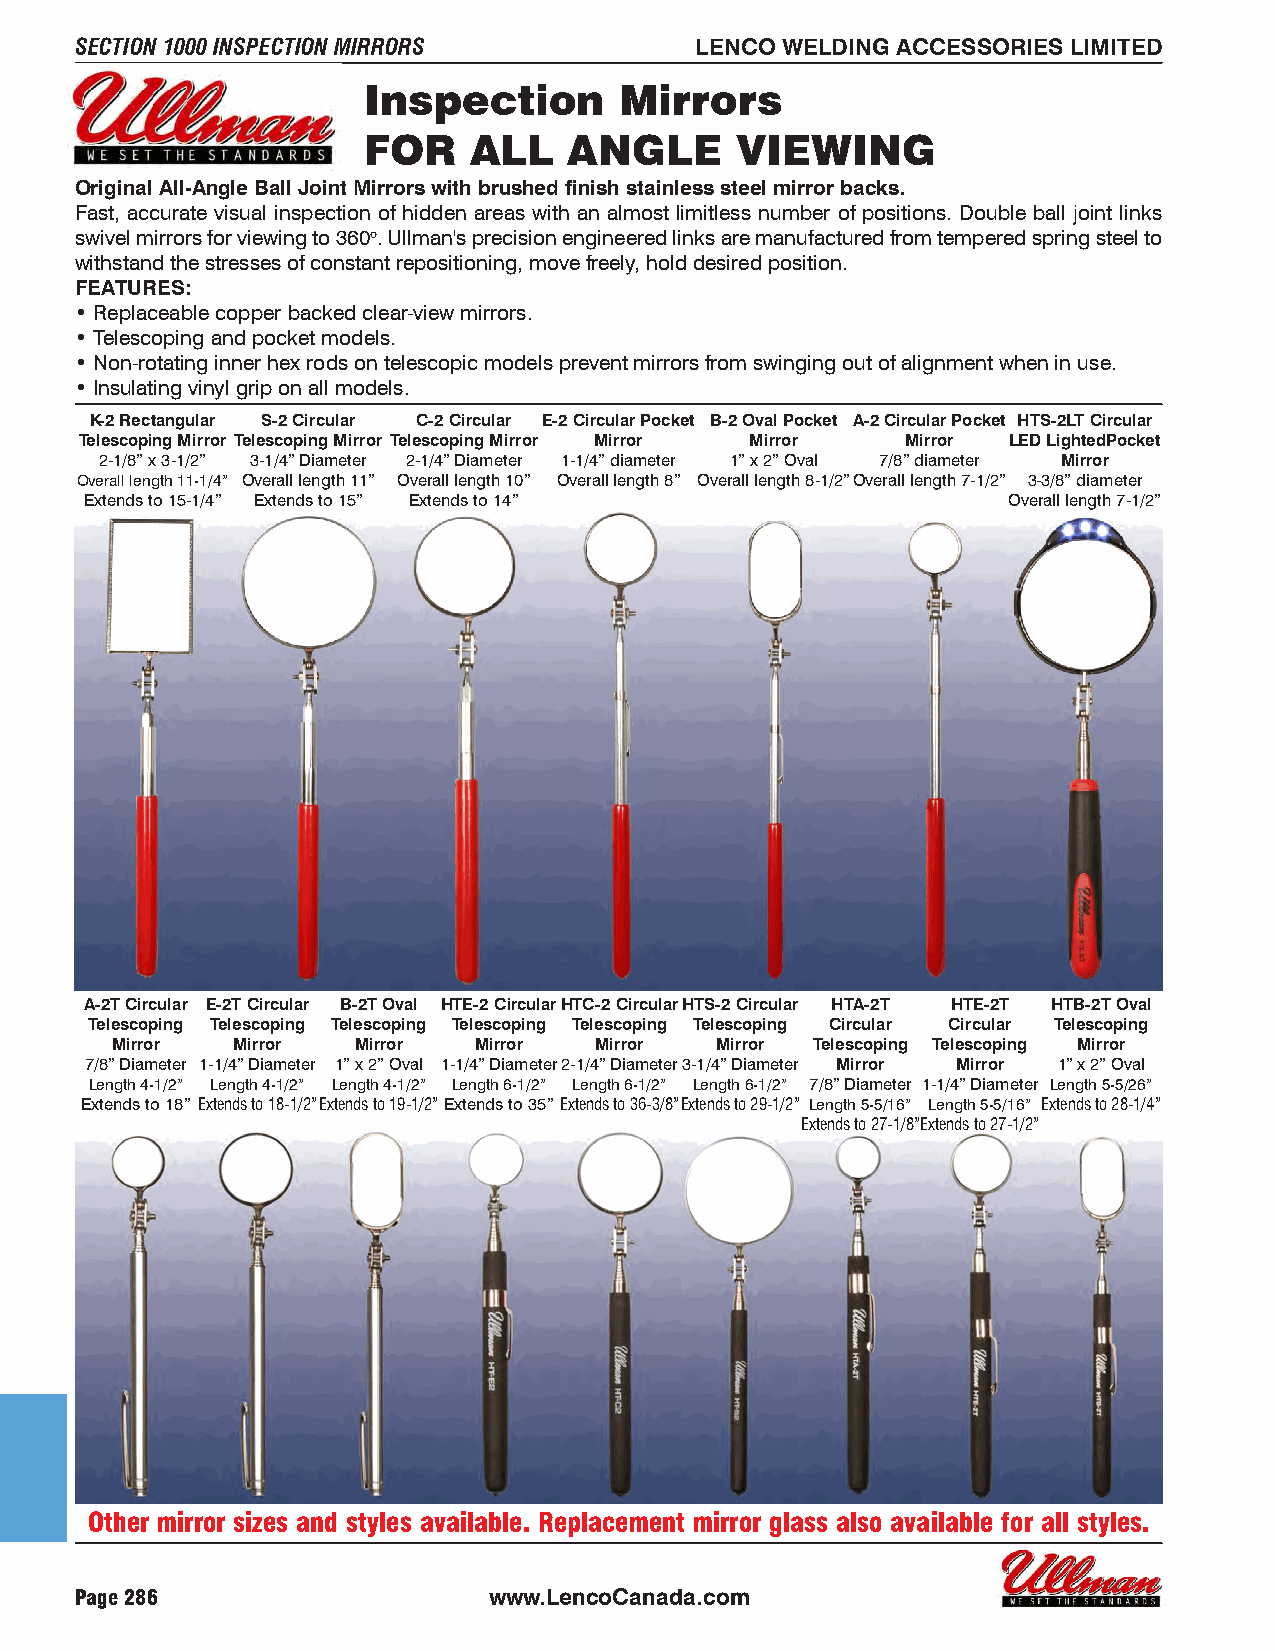
SECTION 1000 INSPECTION MIRRORS          LENCO WELDING ACCESSORIES LIMITED
 Inspection       Mirrors
 FOR    ALL    ANGLE      VIEWING
 Original All-Angle Ball Joint Mirrors with brushed finish stainless steel mirror backs.
 Fast, accurate visual inspection of hidden areas with an almost limitless number of positions. Double ball joint links
 swivel mirrors for viewing to 360o. Ullman's precision engineered links are manufactured from tempered spring steel to
 withstand the stresses of constant repositioning, move freely, hold desired position.
 FEATURES:
 • Replaceable copper backed clear-view mirrors.
 • Telescoping and pocket models.
 • Non-rotating inner hex rods on telescopic models prevent mirrors from swinging out of alignment when in use.
 • Insulating vinyl grip on all models.
 K-2 Rectangular S-2 Circular C-2 Circular E-2 Circular Pocket B-2 Oval Pocket A-2 Circular Pocket HTS-2LT Circular
 Telescoping Mirror Telescoping Mirror Telescoping Mirror Mirror Mirror Mirror LED LightedPocket
 2-1/8” x 3-1/2” 3-1/4” Diameter 2-1/4” Diameter 1-1/4” diameter 1” x 2” Oval 7/8” diameter Mirror
 Overall length 11-1/4” Overall length 11” Overall length 10” Overall length 8” Overall length 8-1/2”Overall length 7-1/2” 3-3/8” diameter
 Extends to 15-1/4” Extends to 15” Extends to 14”             Overall length 7-1/2”
 A-2T Circular E-2T Circular B-2T Oval HTE-2 CircularHTC-2 CircularHTS-2 Circular HTA-2T HTE-2T HTB-2T Oval
 Telescoping Telescoping Telescoping Telescoping Telescoping Telescoping Circular Circular Telescoping
 Mirror  Mirror  Mirror  Mirror  Mirror  Mirror Telescoping Telescoping Mirror
 7/8” Diameter 1-1/4” Diameter 1” x 2” Oval 1-1/4” Diameter2-1/4” Diameter3-1/4” Diameter Mirror Mirror 1” x 2” Oval
 Length 4-1/2” Length 4-1/2” Length 4-1/2” Length 6-1/2” Length 6-1/2” Length 6-1/2” 7/8” Diameter 1-1/4” Diameter Length 5-5/26”
 Extends to 18” Extends to 18-1/2”Extends to 19-1/2”Extends to 35”Extends to 36-3/8”Extends to 29-1/2” Length 5-5/16” Length 5-5/16” Extends to 28-1/4”
 Extends to 27-1/8”Extends to 27-1/2”
 Other mirror sizes and styles available. Replacement mirror glass also available for all styles.
 Page 286                   www.LencoCanada.com